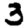
Digit: 3